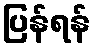
ပြန်ရန်